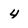
Character: 4